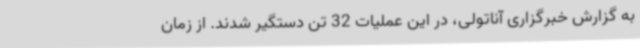
به گزارش خبرگزاری آناتولی، در این عملیات 32 تن دستگیر شدند. از زمان